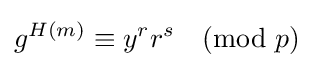
g^{H(m)}\equiv y^{r}r^{s}{\pmod {p}}